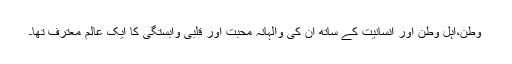
وطن،اہل وطن اور انسانیت کے ساتھ ان کی والہانہ محبت اور قلبی وابستگی کا ایک عالم معترف تھا۔